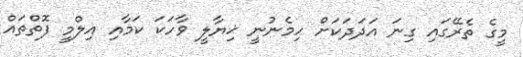
މީގެ ތެރޭގައި ގިނަ އަދަދަކަށް ހިމެނުނީ ޚިޔާލީ ވާހަކަ ކަމާއި އިލްމީ ފޮތްތައް